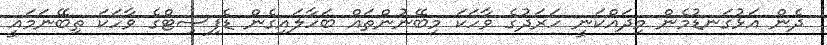
ދެން އަޅުގަނޑުމެން މިދައްކަނީ ހަރަދުގެ ވާހަކަ މިބޭނުންތައް ބަހާލައިގެން ޑެފިސިޓްގެ ވާހަކަ ތިބޭނަމައީ